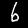
Digit: 6